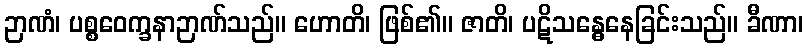
ဉာဏံ၊ ပစ္စဝေက္ခနာဉာဏ်သည်။ ဟောတိ၊ ဖြစ်၏။ ဇာတိ၊ ပဋိသန္ဓေနေခြင်းသည်။ ခီဏာ၊